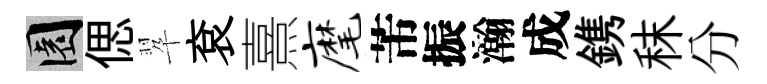
園偲翆袞熹麾芾振瀚成鎸秣分